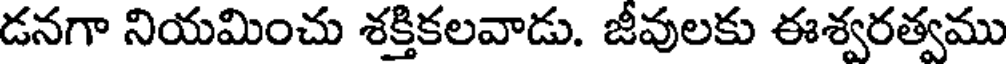
డనగా నియమించు శక్తికలవాడు. జీవులకు ఈశ్వరత్వము